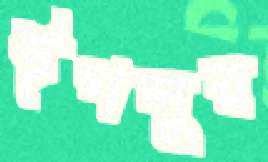
ঈগলুর